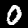
Digit: 0